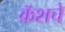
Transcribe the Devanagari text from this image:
क्रॅशचे